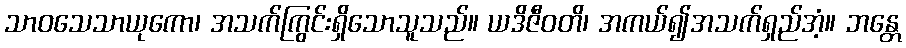
သာဝသေသာယုကော၊ အသက်ကြွင်းရှိသောသူသည်။ ယဒိဇီဝတိ၊ အကယ်၍အသက်ရှည်အံ့။ ဘန္တေ